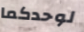
لوحدكما